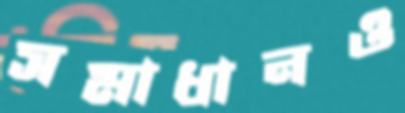
সমাধানও